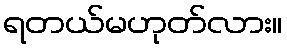
ရတယ်မဟုတ်လား။